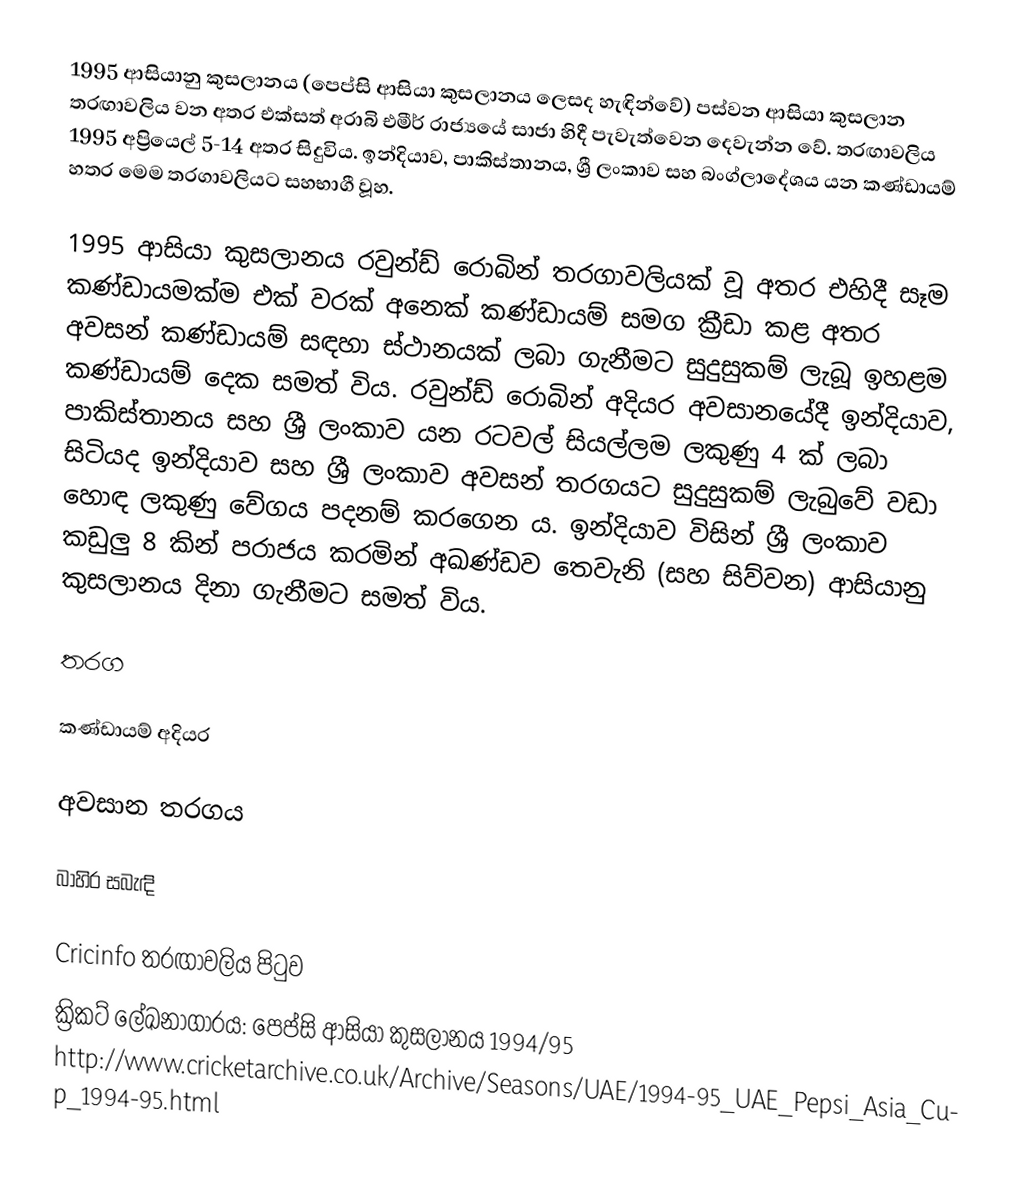
1995 ආසියානු කුසලානය (පෙප්සි ආසියා කුසලානය ලෙසද හැඳින්වේ) පස්වන ආසියා කුසලාන තරඟාවලිය වන අතර එක්සත් අරාබි එමීර් රාජ්‍යයේ සාජා හිදී පැවැත්වෙන දෙවැන්න වේ. තරඟාවලිය 1995 අප්‍රියෙල් 5-14 අතර සිදුවිය. ඉන්දියාව, පාකිස්තානය, ශ්‍රී ලංකාව සහ බංග්ලාදේශය යන කණ්ඩායම් හතර මෙම තරගාවලියට සහභාගී වූහ.

1995 ආසියා කුසලානය රවුන්ඩ් රොබින් තරගාවලියක් වූ අතර එහිදී සෑම කණ්ඩායමක්ම එක් වරක් අනෙක් කණ්ඩායම් සමග ක්‍රීඩා කළ අතර අවසන් කණ්ඩායම් සඳහා ස්ථානයක් ලබා ගැනීමට සුදුසුකම් ලැබූ ඉහළම කණ්ඩායම් දෙක සමත් විය. රවුන්ඩ් රොබින් අදියර අවසානයේදී ඉන්දියාව, පාකිස්තානය සහ ශ්‍රී ලංකාව යන රටවල් සියල්ලම ලකුණු 4 ක් ලබා සිටියද ඉන්දියාව සහ ශ්‍රී ලංකාව අවසන් තරගයට සුදුසුකම් ලැබුවේ වඩා හොඳ ලකුණු වේගය පදනම් කරගෙන ය. ඉන්දියාව විසින් ශ්‍රී ලංකාව කඩුලු 8 කින් පරාජය කරමින් අඛණ්ඩව තෙවැනි (සහ සිව්වන) ආසියානු කුසලානය දිනා ගැනීමට සමත් විය.

තරග

කණ්ඩායම් අදියර

අවසාන තරගය

බාහිර සබැඳි

 Cricinfo තරඟාවලිය පිටුව
 ක්‍රිකට් ලේඛනාගාරය: පෙප්සි ආසියා කුසලානය 1994/95 http://www.cricketarchive.co.uk/Archive/Seasons/UAE/1994-95_UAE_Pepsi_Asia_Cup_1994-95.html